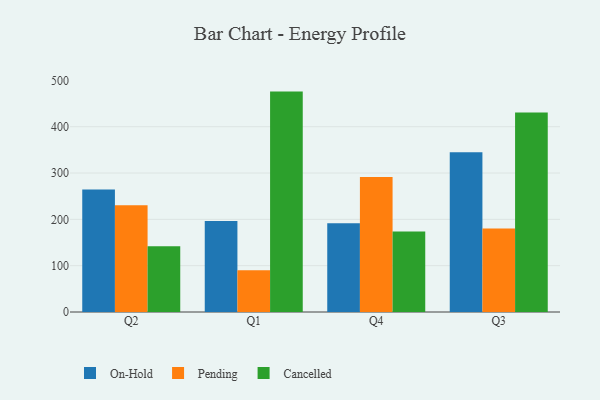
{"axis": {"x": "Quarter", "y": "LTV (USD)"}, "legend": ["Cancelled", "On-Hold", "Pending"], "data": [{"x": "Q2", "y": 264.2, "type": "On-Hold"}, {"x": "Q2", "y": 230.4, "type": "Pending"}, {"x": "Q2", "y": 141.8, "type": "Cancelled"}, {"x": "Q1", "y": 196.3, "type": "On-Hold"}, {"x": "Q1", "y": 89.9, "type": "Pending"}, {"x": "Q1", "y": 475.8, "type": "Cancelled"}, {"x": "Q4", "y": 191.4, "type": "On-Hold"}, {"x": "Q4", "y": 291.7, "type": "Pending"}, {"x": "Q4", "y": 173.6, "type": "Cancelled"}, {"x": "Q3", "y": 345.1, "type": "On-Hold"}, {"x": "Q3", "y": 180.5, "type": "Pending"}, {"x": "Q3", "y": 430.6, "type": "Cancelled"}]}